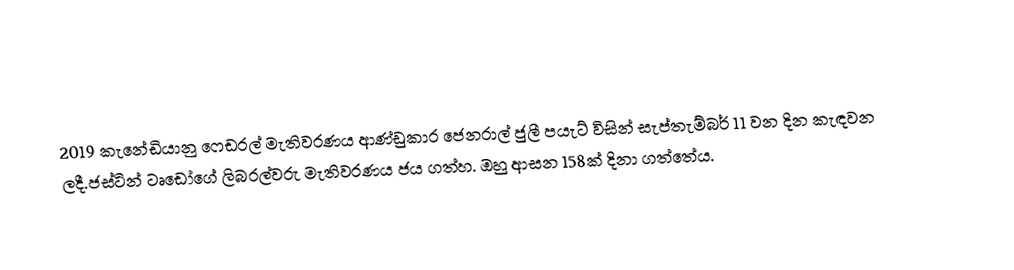
2019 කැනේඩියානු ෆෙඩරල් මැතිවරණය ආණ්ඩුකාර ජෙනරාල් ජුලී පයැට් විසින් සැප්තැම්බර් 11 වන දින කැඳවන ලදී.ජස්ටින් ටෘඩෝගේ ලිබරල්වරු මැතිවරණය ජය ගත්හ. ඔහු ආසන 158ක් දිනා ගත්තේය.